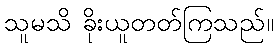
သူမသိ ခိုးယူတတ်ကြသည်။